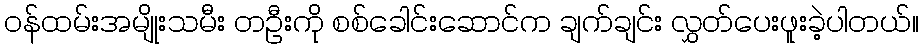
ဝန်ထမ်းအမျိုးသမီး တဦးကို စစ်ခေါင်းဆောင်က ချက်ချင်း လွှတ်ပေးဖူးခဲ့ပါတယ်။